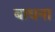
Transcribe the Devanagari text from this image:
बाधना